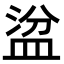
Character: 𥁳